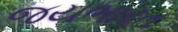
જયભારત